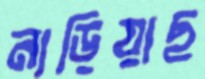
নাড়িয়াছ